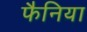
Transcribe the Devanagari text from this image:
फैनिया